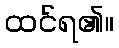
ထင်ရ၏။